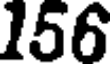
156